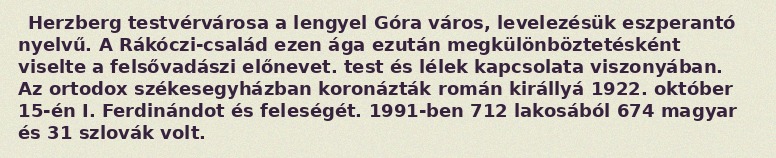
Herzberg testvérvárosa a lengyel Góra város, levelezésük eszperantó nyelvű. A Rákóczi-család ezen ága ezután megkülönböztetésként viselte a felsővadászi előnevet. test és lélek kapcsolata viszonyában. Az ortodox székesegyházban koronázták román királlyá 1922. október 15-én I. Ferdinándot és feleségét. 1991-ben 712 lakosából 674 magyar és 31 szlovák volt.